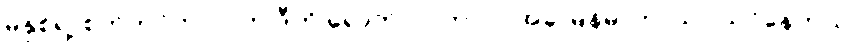
မနှစ်ရဲ့ စက်တင်ဘာလက ဒီကို ရောက်လာတာပါ၊ အခု မြန်မာဘာသာ သင်နေတယ်၊